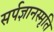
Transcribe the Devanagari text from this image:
सर्पज्ञानस्मृति